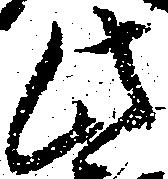
此